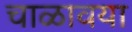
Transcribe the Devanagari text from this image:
चाळावया